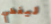
ليغطي